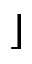
\rfloor